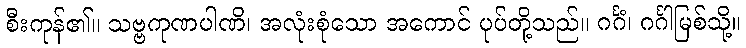
စီးကုန်၏။ သဗ္ဗကုဏပါဏိ၊ အလုံးစုံသော အကောင် ပုပ်တို့သည်။ ဂင်္ဂံ၊ ဂင်္ဂါမြစ်သို့။